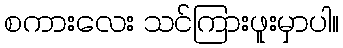
စကားလေး သင်ကြားဖူးမှာပါ။